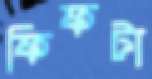
ফিফটা